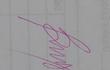
Signature authenticity: genuine